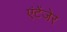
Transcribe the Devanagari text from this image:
एंटेंजेर